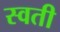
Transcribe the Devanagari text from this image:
स्वती